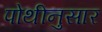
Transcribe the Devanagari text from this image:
पोथीनुसार